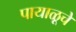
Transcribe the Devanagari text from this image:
पायाळूचे